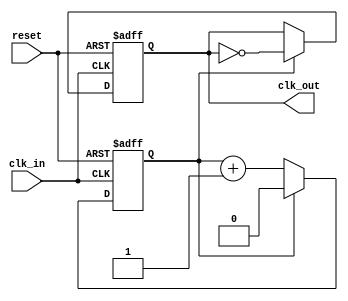
module clock_divider #(
    parameter DIV_FACTOR = 2 // Set a default division factor
) (
    input wire clk_in,   // Input clock signal
    input wire reset,    // Asynchronous active-high reset signal
    output reg clk_out   // Divided clock output signal
);
    
    // Internal counter
    reg [$clog2(DIV_FACTOR)-1:0] counter; // Counter width based on DIV_FACTOR

    // Always block for clock division
    always @(posedge clk_in or posedge reset) begin
        if (reset) begin
            counter <= 0;    // Reset counter to zero
            clk_out <= 0;    // Initialize clk_out to low
        end else begin
            if (counter == (DIV_FACTOR - 1)) begin
                clk_out <= ~clk_out; // Toggle clk_out
                counter <= 0;         // Reset counter
            end else begin
                counter <= counter + 1; // Increment counter
            end
        end
    end

endmodule